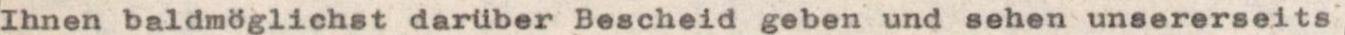
Ihnen baldmöglichst darüber Bescheid geben und sehen unsererseits